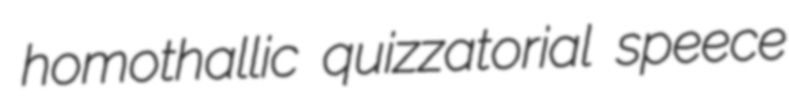
homothallic quizzatorial speece